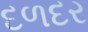
દળદર